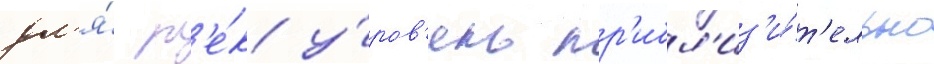
дл'я́ р'е́к у́ров'ень пр'ибл'из'и́т'ельно